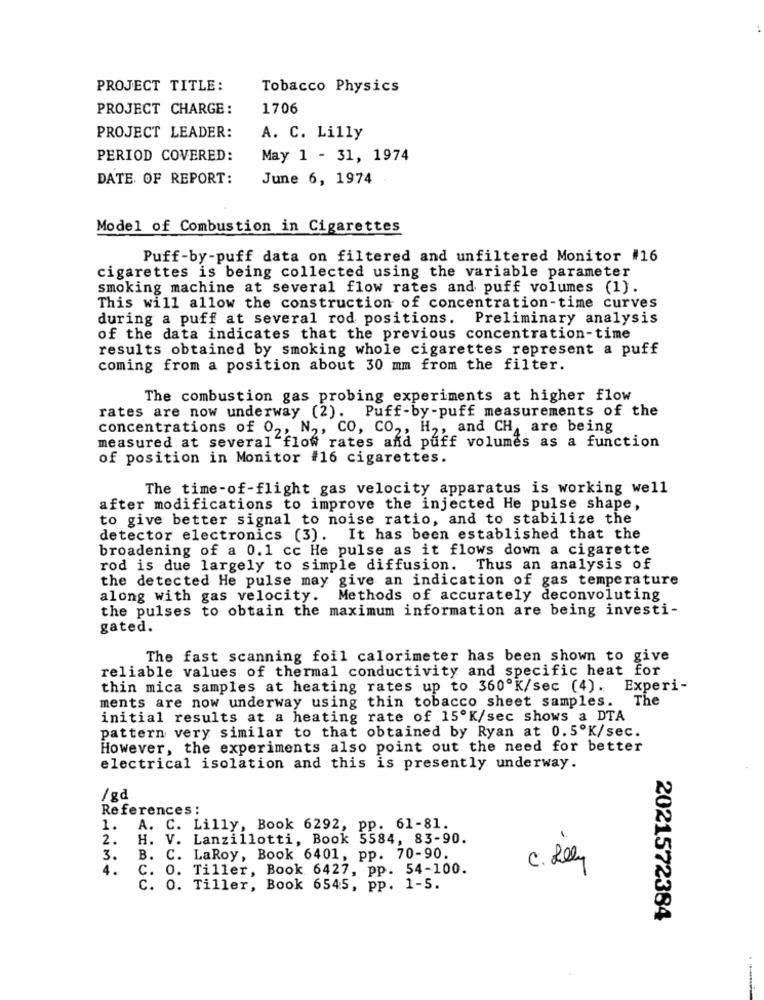
PROJECT TITLE:
Tobacco Physics
PROJECT CHARGE:
1706
PROJECT LEADER:
A. C. Lilly
PERIOD COVERED:
May 1 - 31, 1974
DATE OF REPORT:
June 6, 1974
Model of Combustion in Cigarettes
Puff-by-puff data on filtered and unfiltered Monitor #16
cigarettes is being collected using the variable parameter
smoking machine at several flow rates and puff volumes (1).
This will allow the construction of concentration-time curves
during a puff at several rod positions. Preliminary analysis
of the data indicates that the previous concentration-time
results obtained by smoking whole cigarettes represent a puff
coming from a position about 30 mm from the filter.
The combustion gas probing experiments at higher flow
rates are now underway (2). Puff-by-puff measurements of the
concentrations of 0 ,, N ,, CO, CO ,, H ,, and CH are being
measured at several flow rates and puff volumes as a function
of position in Monitor #16 cigarettes.
The time-of-flight gas velocity apparatus is working well
after modifications to improve the injected He pulse shape,
to give better signal to noise ratio, and to stabilize the
detector electronics (3). It has been established that the
broadening of a 0.1 cc He pulse as it flows down a cigarette
rod is due largely to simple diffusion. Thus an analysis of
the detected He pulse may give an indication of gas temperature
along with gas velocity.
Methods of accurately deconvoluting
the pulses to obtain the maximum information are being investi-
gated.
The fast scanning foil calorimeter has been shown to give
reliable values of thermal conductivity and specific heat for
thin mica samples at heating rates up to 360ºK/sec (4).
Experi-
ments are now underway using thin tobacco sheet samples. The
initial results at a heating rate of 15ºK/sec shows a DTA
pattern very similar to that obtained by Ryan at 0.5ºK/sec.
However, the experiments also point out the need for better
electrical isolation and this is presently underway.
/gd
References :
1. A. C. Lilly, Book 6292, pp. 61-81.
2.
H. V. Lanzillotti, Book 5584, 83-90.
3.
B. C. LaRoy, Book 6401, pp. 70-90.
c. Lely
4.
C. 0. Tiller, Book 6427, pp. 54-100.
C. O. Tiller, Book 6545, pp. 1-5.
2021572384
.